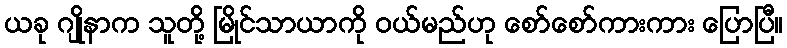
ယခု ဂျိုနာက သူတို့ မြိုင်သာယာကို ဝယ်မည်ဟု စော်စော်ကားကား ပြောပြီ။